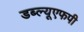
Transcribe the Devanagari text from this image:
डब्ल्यूएफपी